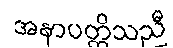
အနာပတ္တိသညီ